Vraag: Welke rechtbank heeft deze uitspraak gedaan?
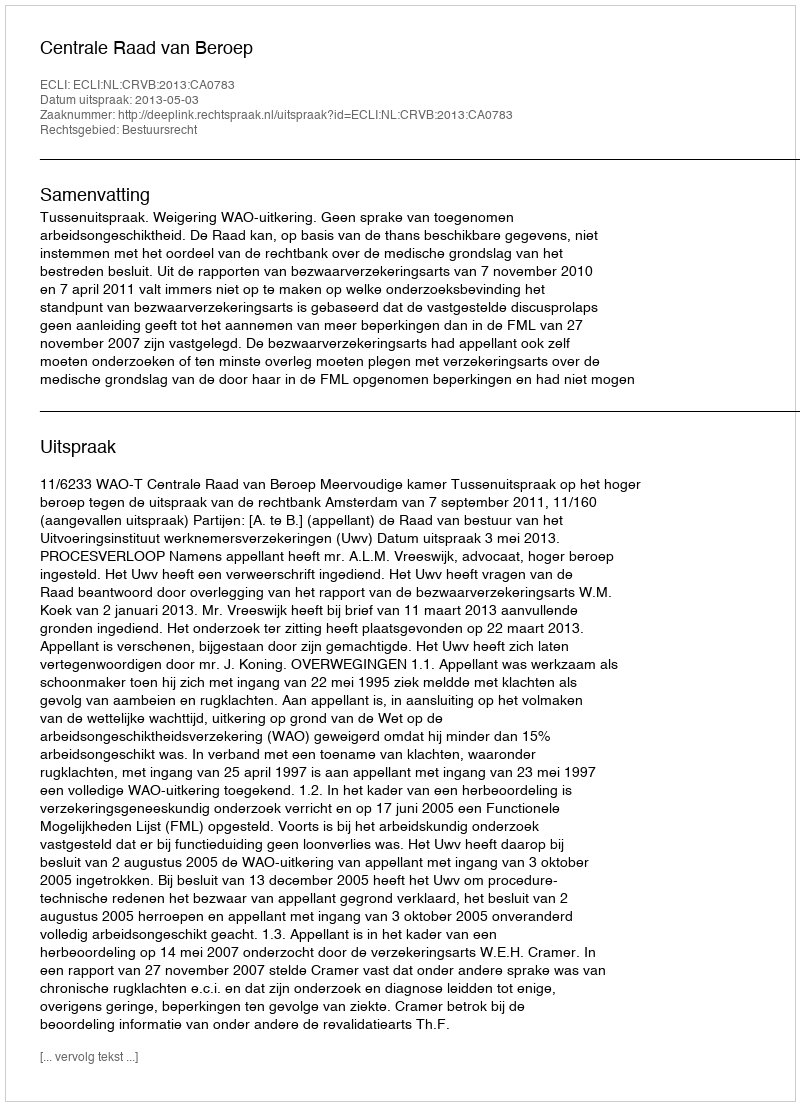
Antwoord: Centrale Raad van Beroep